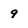
Character: 9